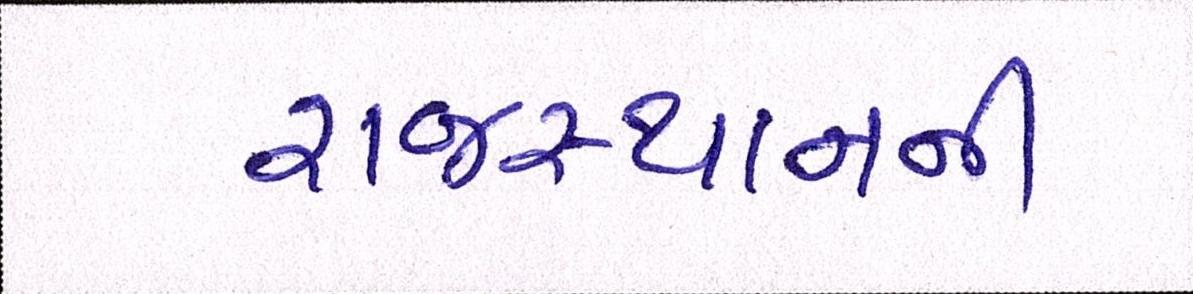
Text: રાજસ્થાનની